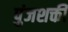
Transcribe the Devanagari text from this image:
पुंजशक्ती